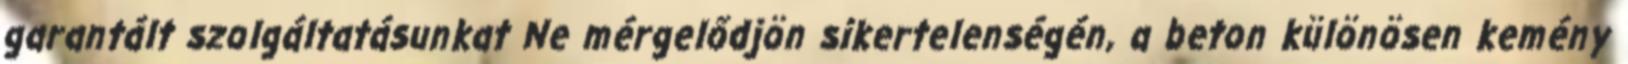
garantált szolgáltatásunkat Ne mérgelődjön sikertelenségén, a beton különösen kemény